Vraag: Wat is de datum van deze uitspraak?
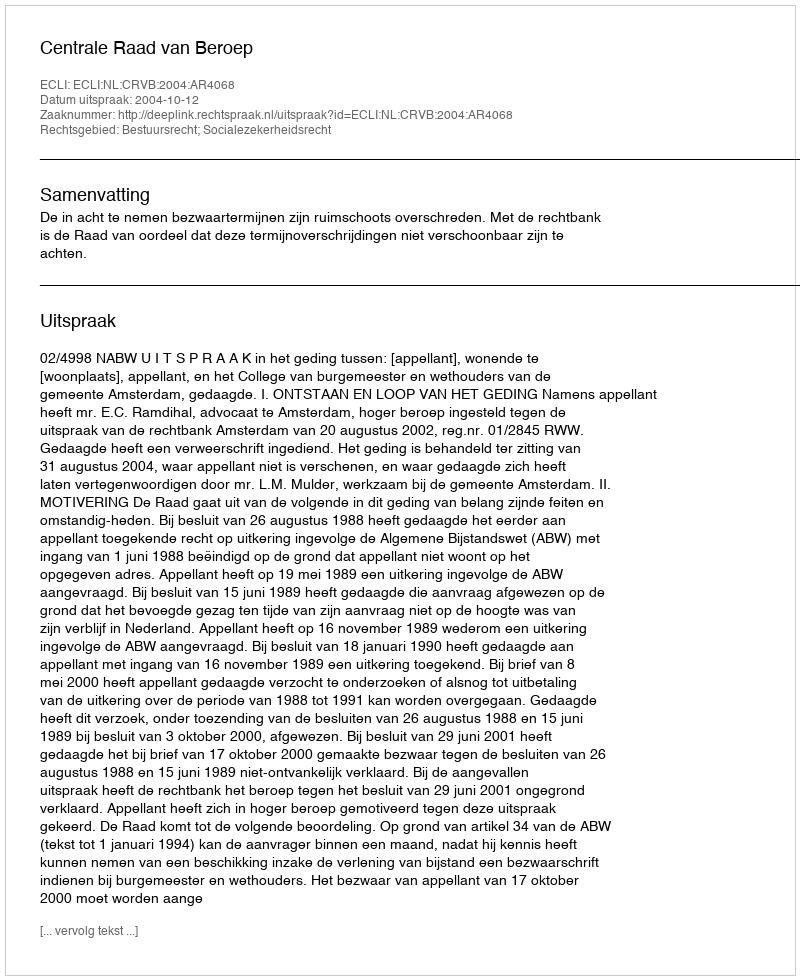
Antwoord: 2004-10-12